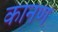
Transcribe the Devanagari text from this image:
कानण